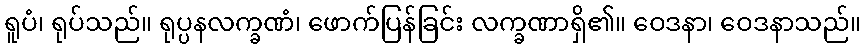
ရူပံ၊ ရုပ်သည်။ ရုပ္ပနလက္ခဏံ၊ ဖောက်ပြန်ခြင်း လက္ခဏာရှိ၏။ ဝေဒနာ၊ ဝေဒနာသည်။